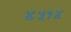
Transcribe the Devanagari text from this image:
४५१४